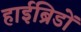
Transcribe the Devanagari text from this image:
हाईब्रिडों